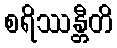
စရိဿန္တီတိ